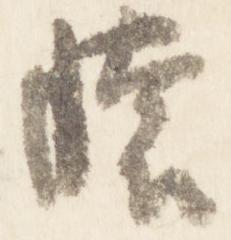
懐